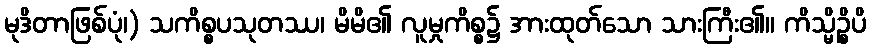
မုဒိတာဖြစ်ပုံ၊) သကိစ္စပသုတဿ၊ မိမိ၏ လူမှုကိစ္စ၌ အားထုတ်သော သားကြီး၏။ ကိသ္မိဉ္စိပိ